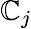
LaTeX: \mathbb{C}_{j}